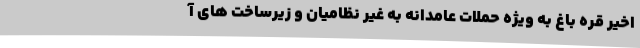
اخیر قره باغ به ویژه حملات عامدانه به غیر نظامیان و زیرساخت های آ